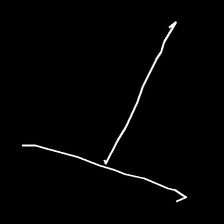
Glyph: column